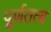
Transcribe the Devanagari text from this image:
पूर्णतत्व